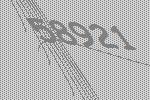
58921